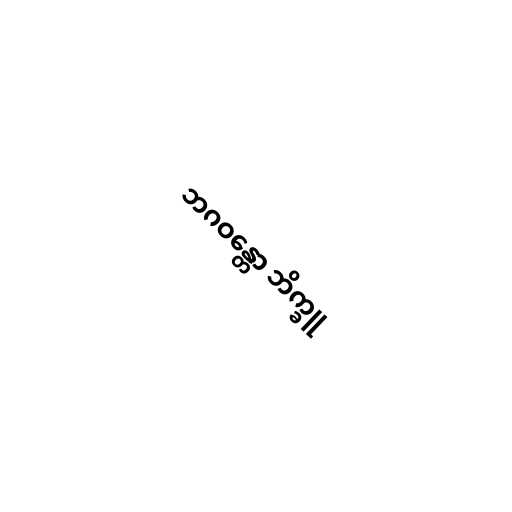
ဘဂဝန္တော ဘိက္ခူ